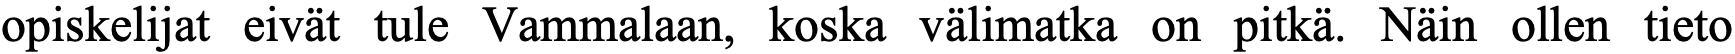
opiskelijat eivät tule Vammalaan, koska välimatka on pitkä. Näin ollen tieto